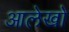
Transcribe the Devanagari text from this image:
आलेखो